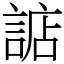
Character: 䛸